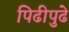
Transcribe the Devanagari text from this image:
पिढीपुढे